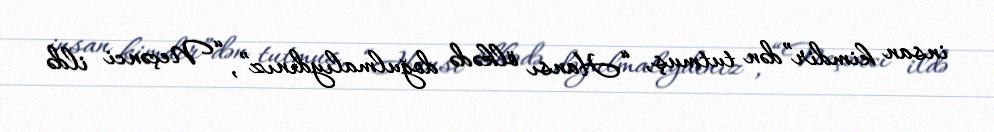
insan kimdir”dən tutmuş, “Hansı ölkədə doğulmalıydınız”, “Neçənci ildə